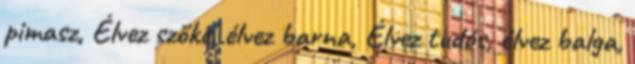
pimasz, Élvez szőke, élvez barna, Élvez tudós, élvez balga,